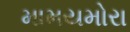
મામયમોરા